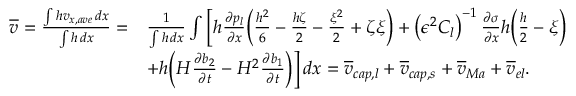
\begin{array} { r l } { \overline { { v } } = \frac { \int h v _ { x , a v e } \, d x } { \int h \, d x } = } & { \frac { 1 } { \int h \, d x } \int \bigg [ h \frac { \partial p _ { l } } { \partial x } \bigg ( \frac { h ^ { 2 } } { 6 } - \frac { h \zeta } { 2 } - \frac { \xi ^ { 2 } } { 2 } + \zeta \xi \bigg ) + \left( \epsilon ^ { 2 } C _ { l } \right) ^ { - 1 } \frac { \partial \sigma } { \partial x } h \bigg ( \frac { h } { 2 } - \xi \bigg ) } \\ & { + h \bigg ( H \frac { \partial b _ { 2 } } { \partial t } - H ^ { 2 } \frac { \partial b _ { 1 } } { \partial t } \bigg ) \bigg ] \, d x = \overline { { v } } _ { c a p , l } + \overline { { v } } _ { c a p , s } + \overline { { v } } _ { M a } + \overline { { v } } _ { e l } . } \end{array}